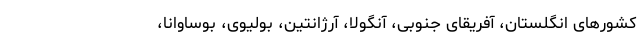
کشورهای انگلستان، آفریقای جنوبی، آنگولا، آرژانتین، بولیوی، بوساوانا،